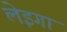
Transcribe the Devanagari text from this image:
लेइगा